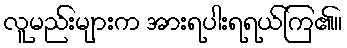
လူမည်းများက အားရပါးရရယ်ကြ၏။